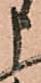
申